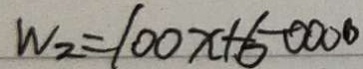
W _ { 2 } = 1 0 0 x + 5 0 0 0 0